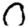
Digit: 0